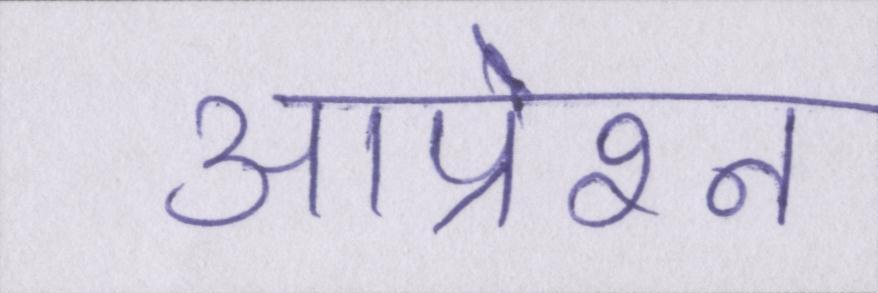
आप्रेशन